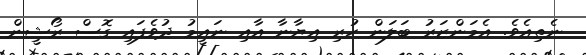
ނެތިއެވެ. އެމަންޒަރު ބަލަން ހުރި އިޔާނާ އާއި ނައީމު ދުވެފައި ގޮސް ރޯޝީން